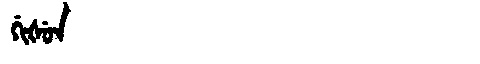
Manchu: ᡤᡳᡧᡠᠨ
Romanization: GIŠUN